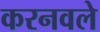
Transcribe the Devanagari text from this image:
करनवले